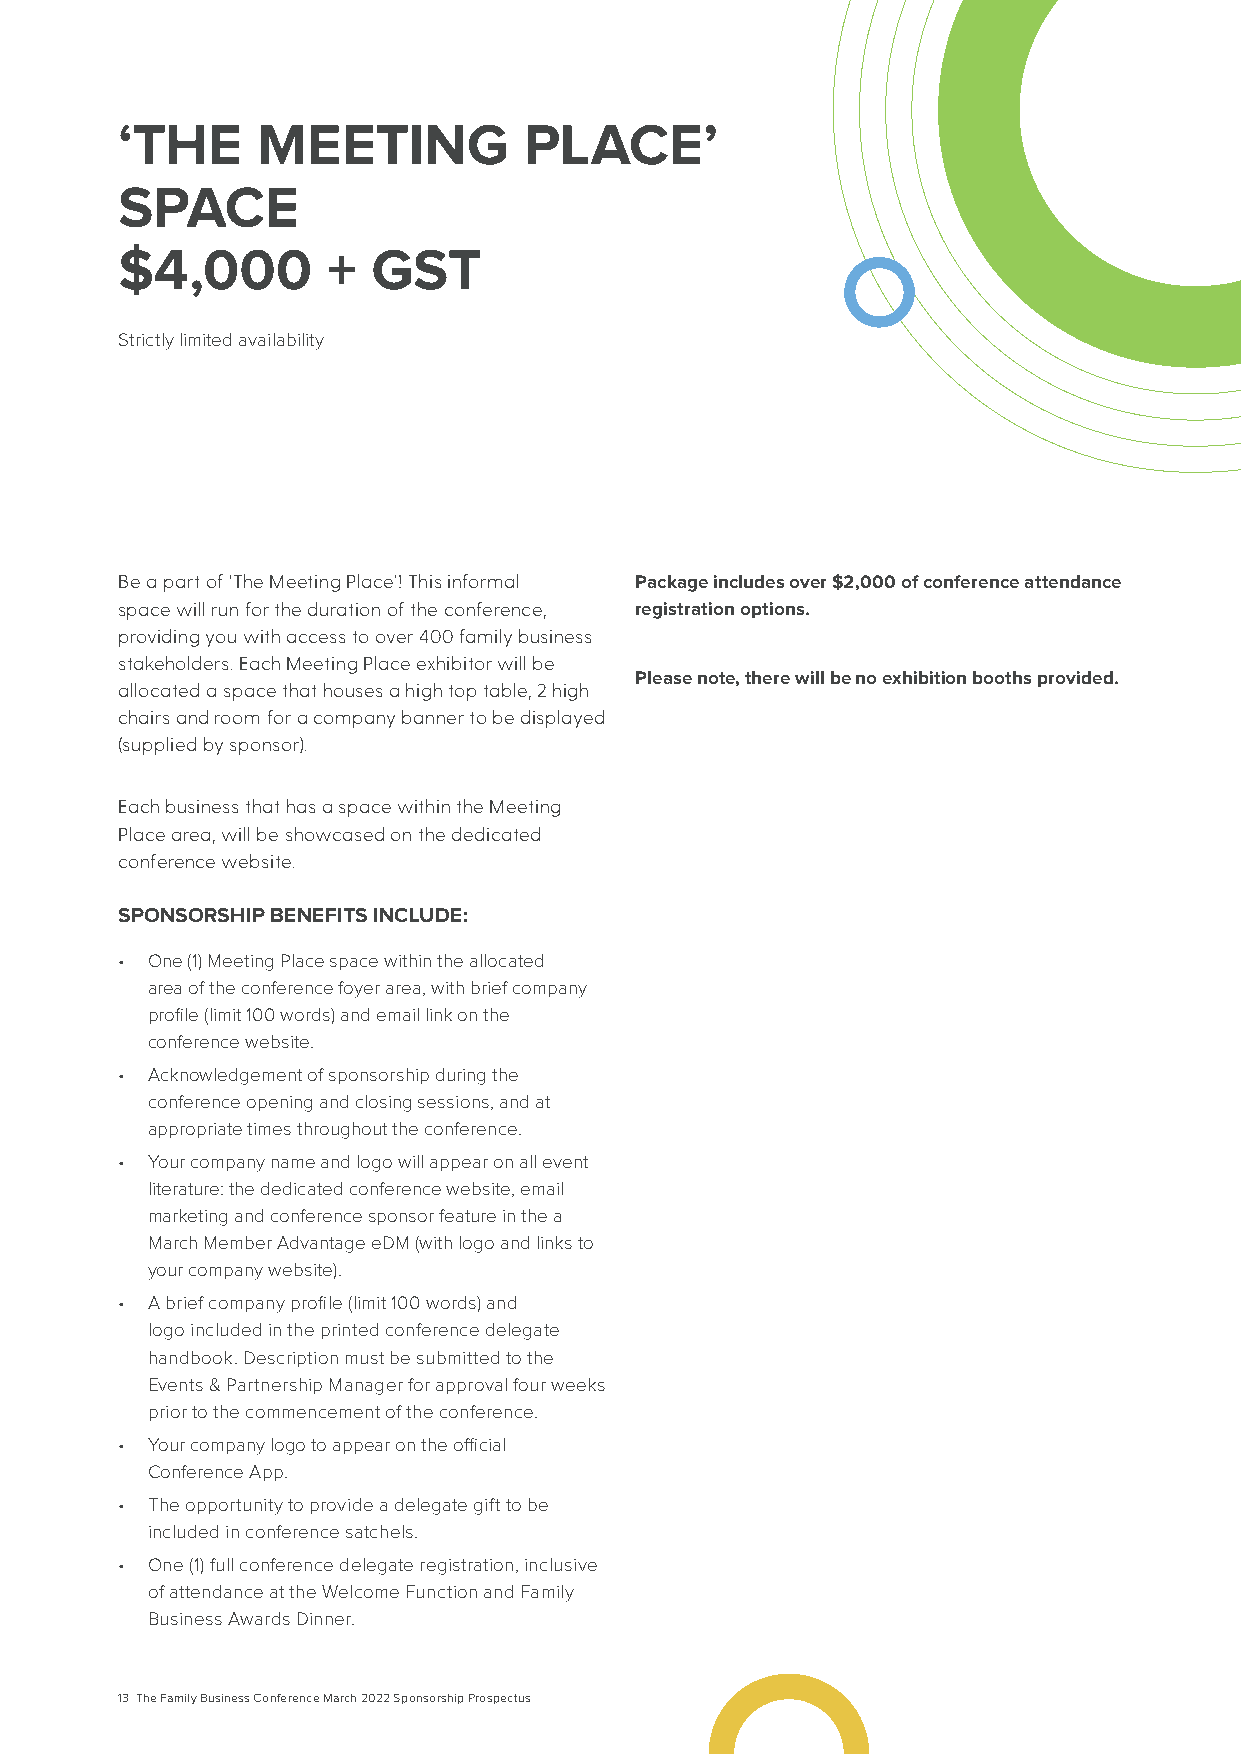
‘THE     MEETING           PLACE’
 SPACE
 $4,000        +  GST
 Strictly limited availability
 Be a part of ‘The Meeting Place’! This informal Package includes over $2,000 of conference attendance
 space will run for the duration of the conference, registration options.
 providing you with access to over 400 family business
 stakeholders. Each Meeting Place exhibitor will be
 Please note, there will be no exhibition booths provided.
 allocated a space that houses a high top table, 2 high
 chairs and room for a company banner to be displayed
 (supplied by sponsor).
 Each business that has a space within the Meeting
 Place area, will be showcased on the dedicated
 conference website.
 SPONSORSHIP BENEFITS INCLUDE:
 • One (1) Meeting Place space within the allocated
 area of the conference foyer area, with brief company
 profile (limit 100 words) and email link on the
 conference website.
 • Acknowledgement of sponsorship during the
 conference opening and closing sessions, and at
 appropriate times throughout the conference.
 • Your company name and logo will appear on all event
 literature: the dedicated conference website, email
 marketing and conference sponsor feature in the a
 March Member Advantage eDM (with logo and links to
 your company website).
 • A brief company profile (limit 100 words) and
 logo included in the printed conference delegate
 handbook. Description must be submitted to the
 Events & Partnership Manager for approval four weeks
 prior to the commencement of the conference.
 • Your company logo to appear on the official
 Conference App.
 • The opportunity to provide a delegate gift to be
 included in conference satchels.
 • One (1) full conference delegate registration, inclusive
 of attendance at the Welcome Function and Family
 Business Awards Dinner.
 13 The Family Business Conference March 2022 Sponsorship Prospectus